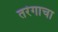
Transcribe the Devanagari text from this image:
तरंगाचा